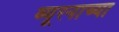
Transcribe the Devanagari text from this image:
ब्यूरनाच्या